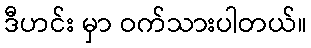
ဒီဟင်း မှာ ဝက်သားပါတယ်။